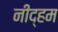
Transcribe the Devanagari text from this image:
नीद्हम